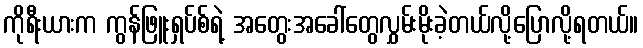
ကိုရီးယားက ကွန်ဖြူးရှပ်စ်ရဲ့ အတွေးအခေါ်တွေလွှမ်းမိုးခဲ့တယ်လို့ပြောလို့ရတယ်။